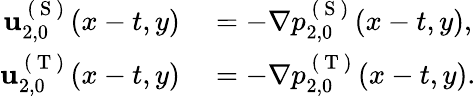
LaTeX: \begin{array}{rl}{\mathbf{u}_{2,0}^{\mathrm{~(~S~)~}}(x-t,y)}&{{}=-\nabla p_{2,0}^{\mathrm{~(~S~)~}}(x-t,y),}\\ {\mathbf{u}_{2,0}^{\mathrm{~(~T~)~}}(x-t,y)}&{{}=-\nabla p_{2,0}^{\mathrm{~(~T~)~}}(x-t,y).}\end{array}